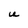
Character: U